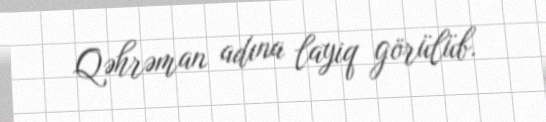
Qəhrəman adına layiq görülüb.